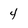
Character: 4